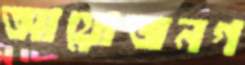
আয়োজনগ